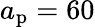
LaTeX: a_{\mathrm{p}}=60